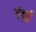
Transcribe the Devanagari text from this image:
गंड़ई